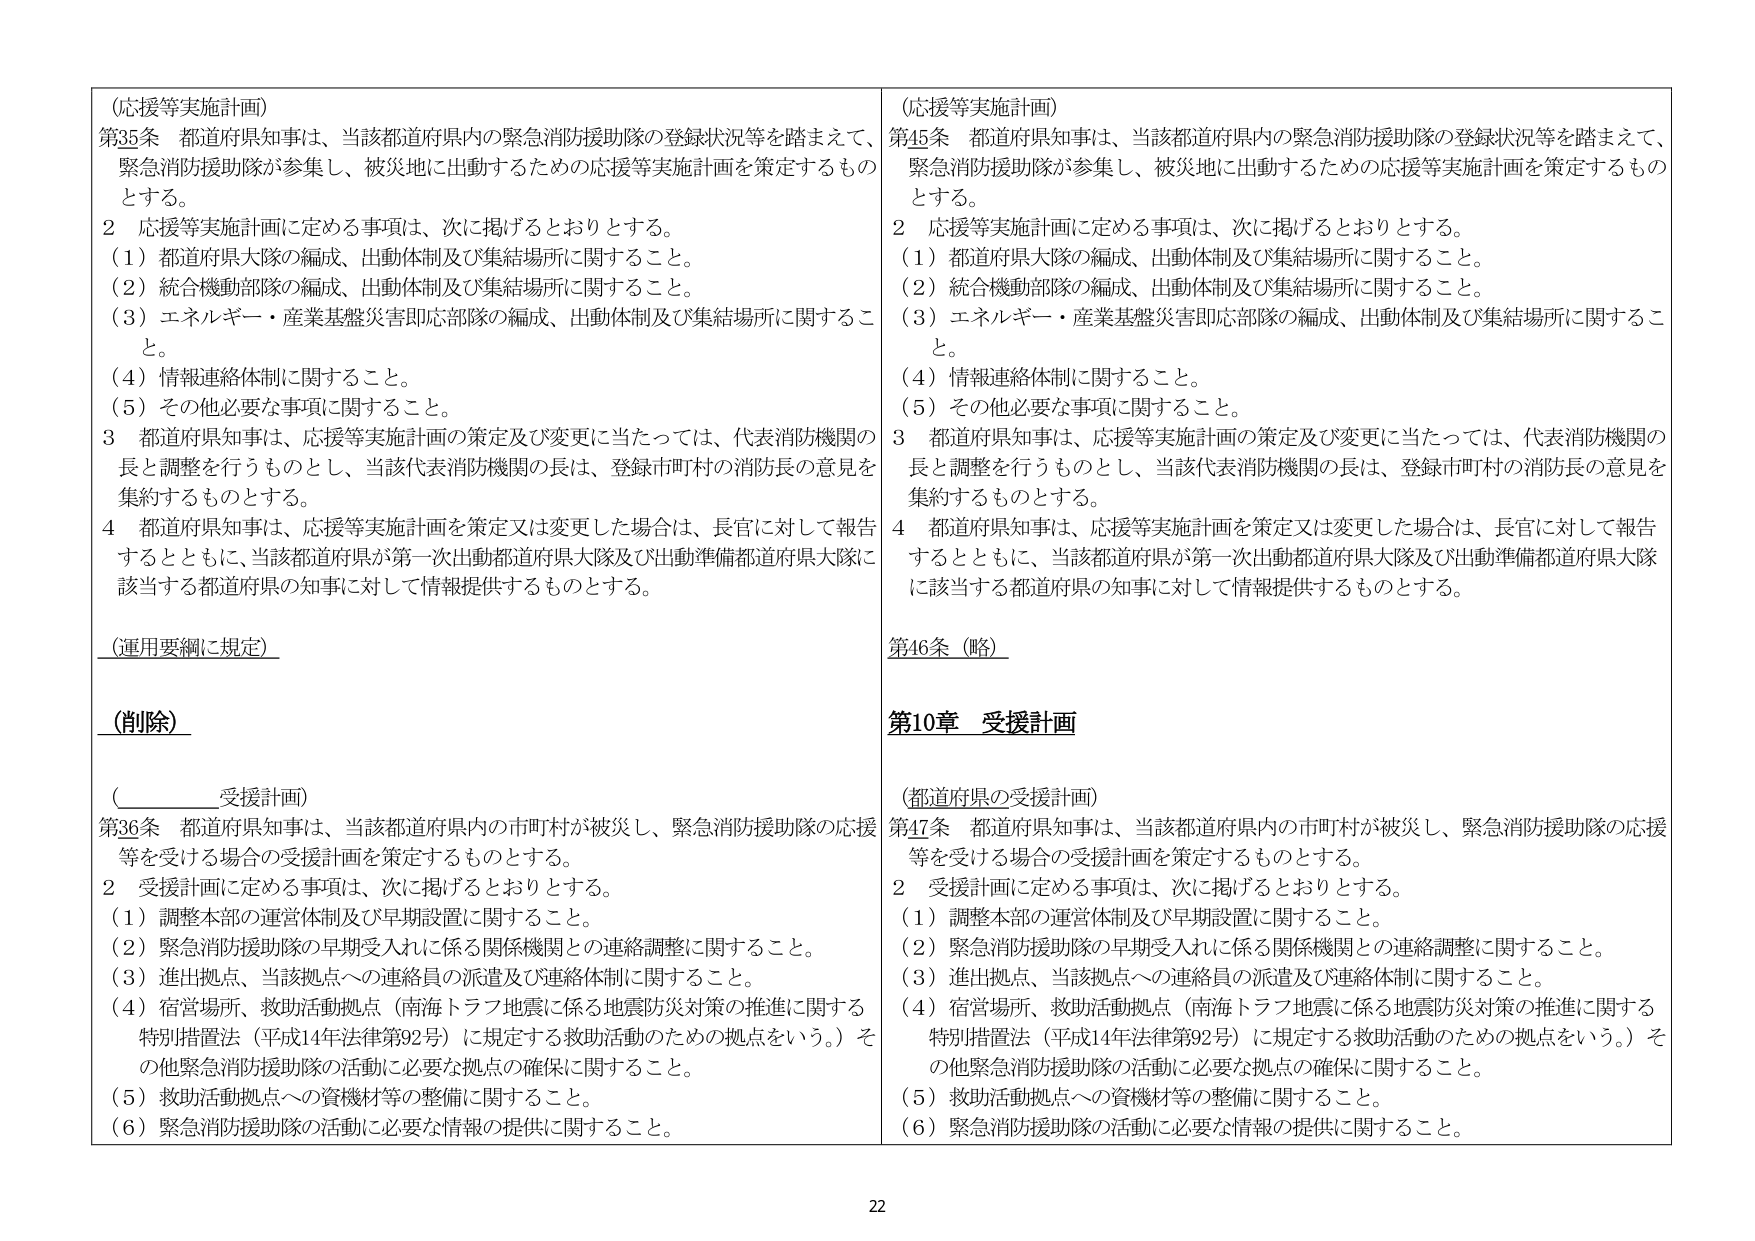
(応援等実施計画)
第35条 都道府県知事は、当該都道府県内の緊急消防援助隊の登録状況等を踏まえて、緊急消防援助隊が参集し、被災地に出動するための応援等実施計画を策定するものとする。
2 応援等実施計画に定める事項は、次に掲げるとおりとする。
(1) 都道府県大隊の編成、出動体制及び集結場所に関すること。
(2) 統合機動部隊の編成、出動体制及び集結場所に関すること。
(3) エネルギー・産業基盤災害即応部隊の編成、出動体制及び集結場所に関すること。
(4) 情報連絡体制に関すること。
(5) その他必要な事項に関すること。
3 都道府県知事は、応援等実施計画の策定及び変更に当たっては、代表消防機関の長と調整を行うものとし、当該代表消防機関の長は、登録市町村の消防長の意見を集約するものとする。
4 都道府県知事は、応援等実施計画を策定又は変更した場合は、長官に対して報告するとともに、当該都道府県が第一次出動都道府県大隊及び出動準備都道府県大隊に該当する都道府県の知事に対して情報提供するものとする。
(運用要綱に規定)
(削除)
(　　　　　受援計画)
第36条 都道府県知事は、当該都道府県内の市町村が被災し、緊急消防援助隊の応援等を受ける場合の受援計画を策定するものとする。
2 受援計画に定める事項は、次に掲げるとおりとする。
(1) 調整本部の運営体制及び早期設置に関すること。
(2) 緊急消防援助隊の早期受入れに係る関係機関との連絡調整に関すること。
(3) 進出拠点、当該拠点への連絡員の派遣及び連絡体制に関すること。
(4) 宿営場所、救助活動拠点（南海トラフ地震に係る地震防災対策の推進に関する特別措置法（平成14年法律第92号）に規定する救助活動のための拠点をいう。）その他緊急消防援助隊の活動に必要な拠点の確保に関すること。
(5) 救助活動拠点への資機材等の整備に関すること。
(6) 緊急消防援助隊の活動に必要な情報の提供に関すること。

(応援等実施計画)
第45条 都道府県知事は、当該都道府県内の緊急消防援助隊の登録状況等を踏まえて、緊急消防援助隊が参集し、被災地に出動するための応援等実施計画を策定するものとする。
2 応援等実施計画に定める事項は、次に掲げるとおりとする。
(1) 都道府県大隊の編成、出動体制及び集結場所に関すること。
(2) 統合機動部隊の編成、出動体制及び集結場所に関すること。
(3) エネルギー・産業基盤災害即応部隊の編成、出動体制及び集結場所に関すること。
(4) 情報連絡体制に関すること。
(5) その他必要な事項に関すること。
3 都道府県知事は、応援等実施計画の策定及び変更に当たっては、代表消防機関の長と調整を行うものとし、当該代表消防機関の長は、登録市町村の消防長の意見を集約するものとする。
4 都道府県知事は、応援等実施計画を策定又は変更した場合は、長官に対して報告するとともに、当該都道府県が第一次出動都道府県大隊及び出動準備都道府県大隊に該当する都道府県の知事に対して情報提供するものとする。
第46条 (略)
第10章 受援計画
(都道府県の受援計画)
第47条 都道府県知事は、当該都道府県内の市町村が被災し、緊急消防援助隊の応援等を受ける場合の受援計画を策定するものとする。
2 受援計画に定める事項は、次に掲げるとおりとする。
(1) 調整本部の運営体制及び早期設置に関すること。
(2) 緊急消防援助隊の早期受入れに係る関係機関との連絡調整に関すること。
(3) 進出拠点、当該拠点への連絡員の派遣及び連絡体制に関すること。
(4) 宿営場所、救助活動拠点（南海トラフ地震に係る地震防災対策の推進に関する特別措置法（平成14年法律第92号）に規定する救助活動のための拠点をいう。）その他緊急消防援助隊の活動に必要な拠点の確保に関すること。
(5) 救助活動拠点への資機材等の整備に関すること。
(6) 緊急消防援助隊の活動に必要な情報の提供に関すること。

22